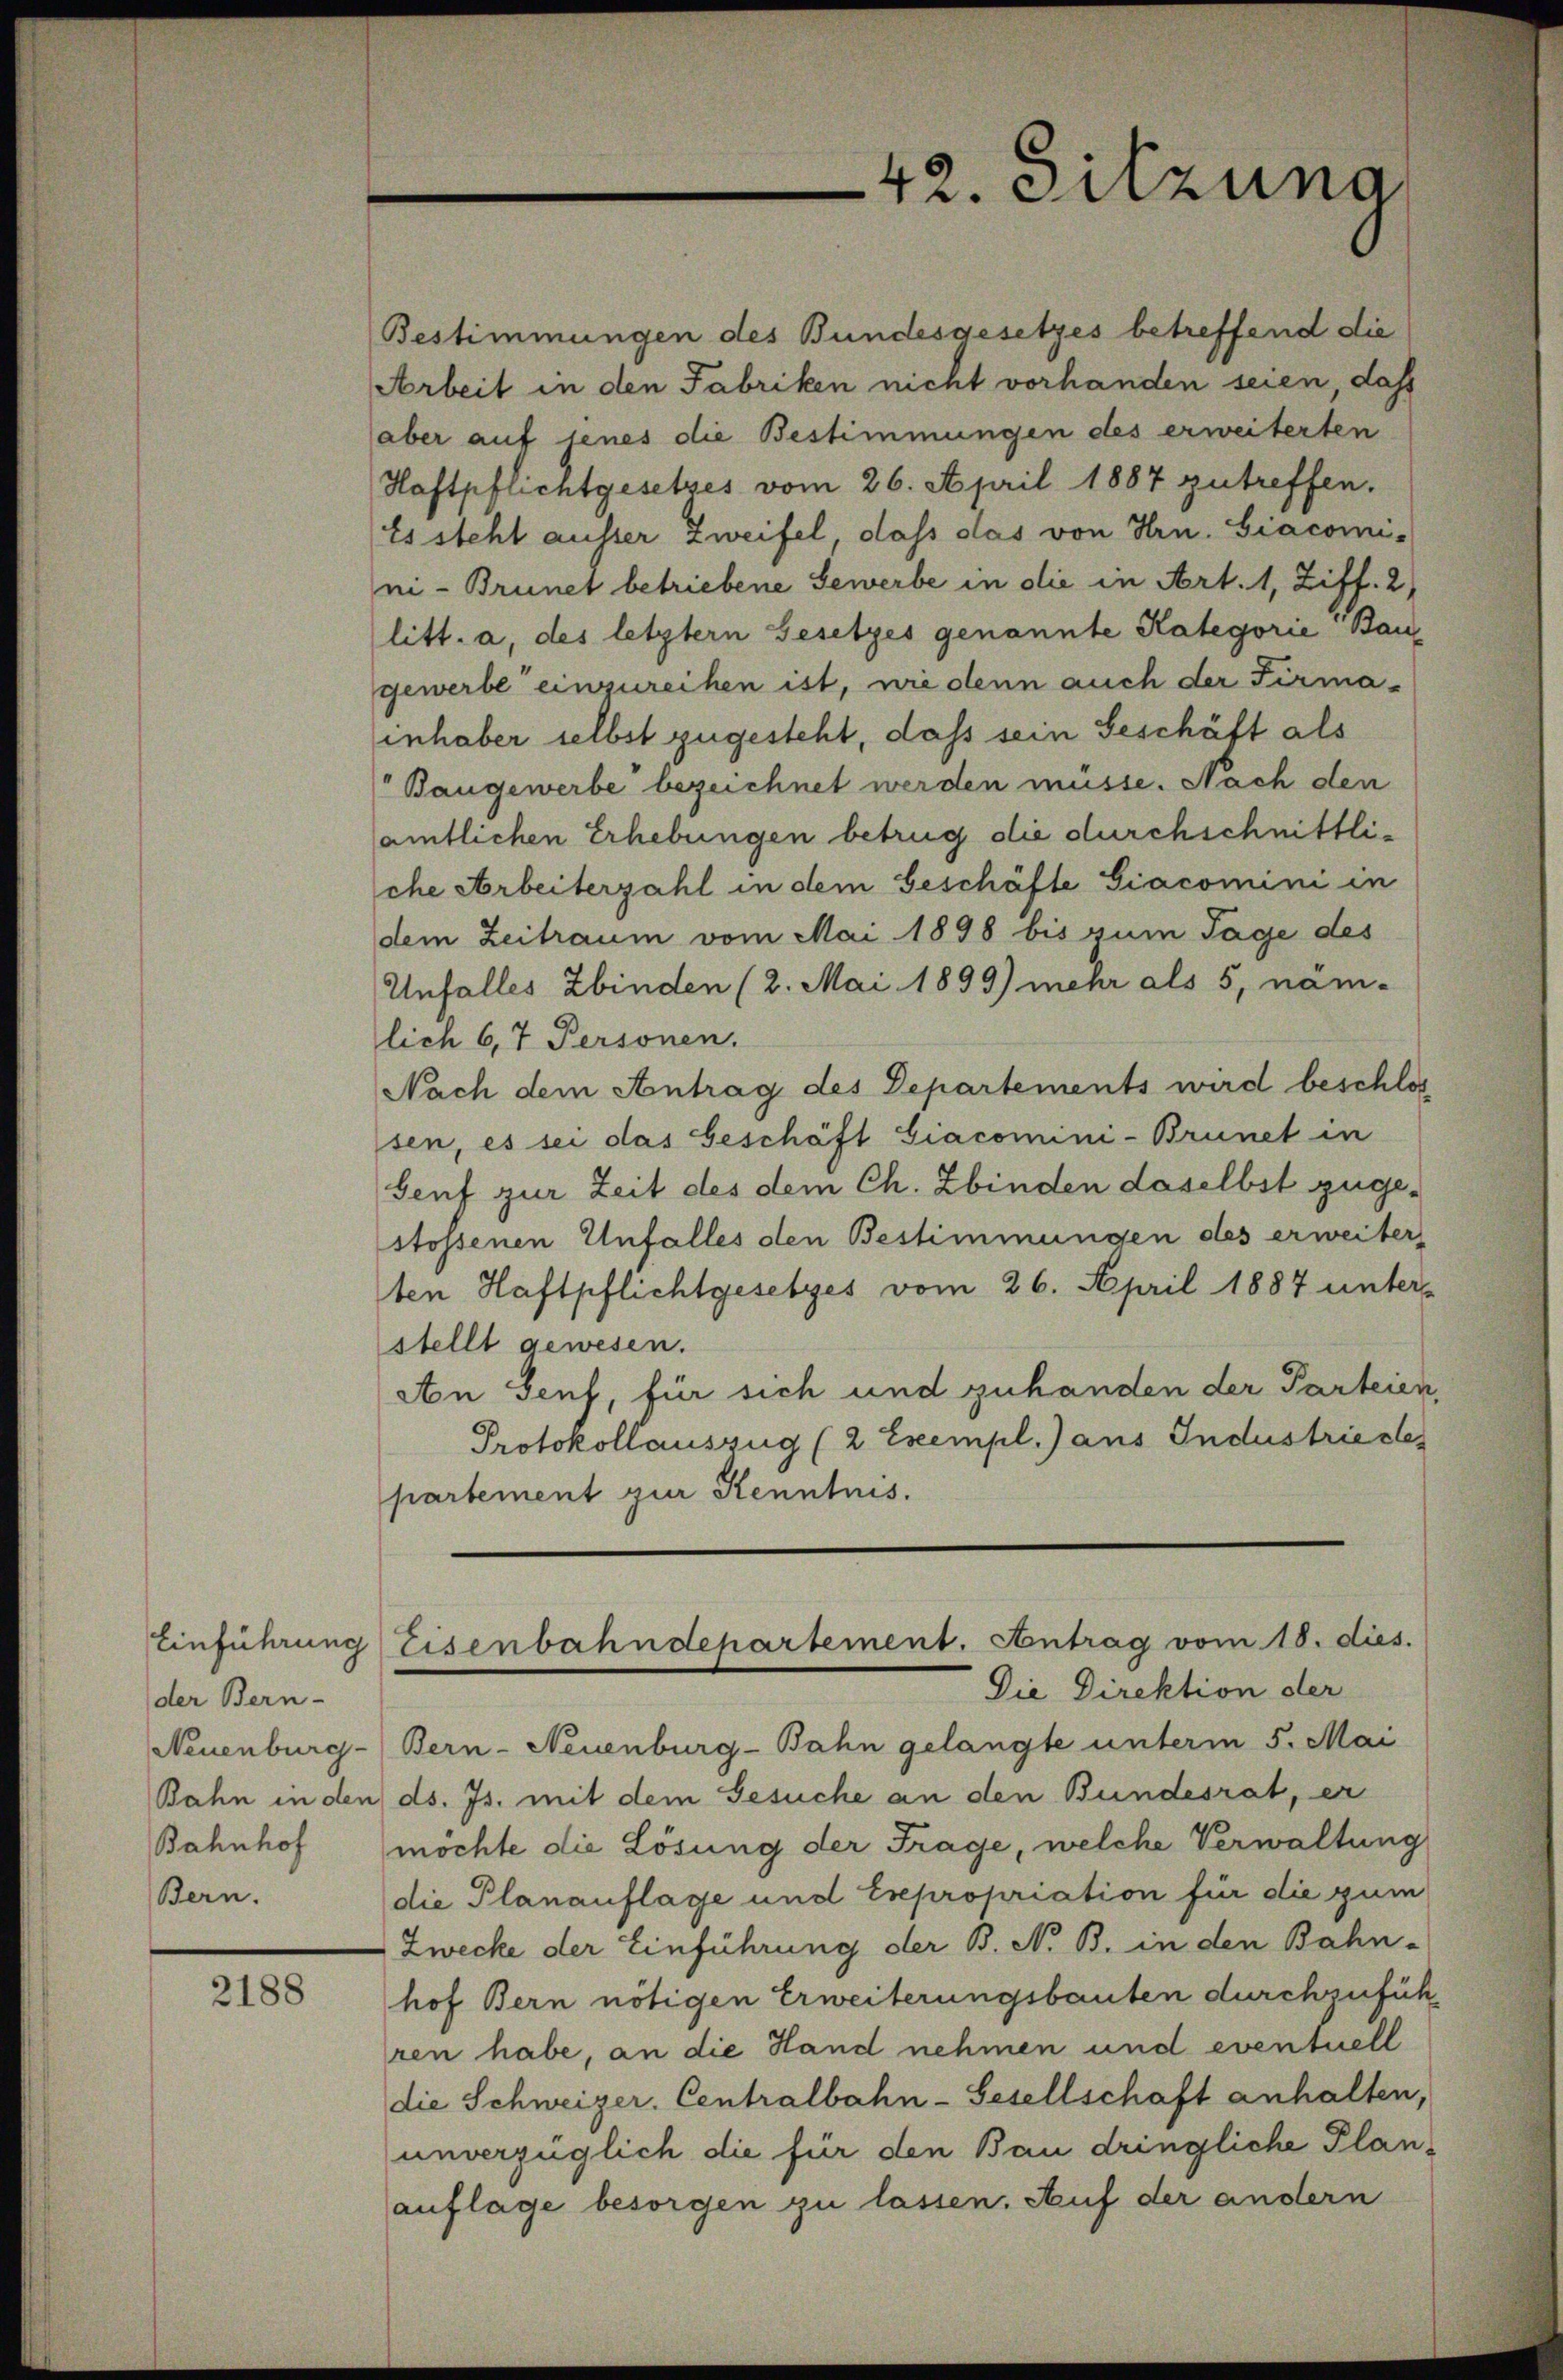
der Bern-
Bahnhof
Bern.

2188

Bestimmungen des Bundesgesetzes betreffend die
Arbeit in den Fabriken nicht vorhanden seien, daß
(aber auf jenes die Bestimmungen des erweiterten
Haftpflichtgesetzes vom 26. April 1887 zutreffen.
Es steht ausser Zweifel, dass das von Hrn. Giacomi-
ni - Brunet betriebene Gewerbe in die in Art. 1, Ziff. 2
litt. a, des letztern Gesetzes genannte Kategorie " Baugewerbe einzureihen ist, wie denn auch der Firma-
inhaber selbst zugesteht, dass sein Geschäft als
Bangewerbe bezeichnet werden müsse. Nach den
amtlichen Erhebungen betrug die durchschnittlische Arbeiterzahl in dem Geschäfte Giacomini in
dem Zeitraum vom Mai 1898 bis zum Tage des
Unfalles Zbinden (2. Mai 1899) mehr als 5, näm-
lich 6, 7 Personen.
Nach dem Antrag des Departements wird beschlos
sen, es sei das Geschäft Giacomini-Brunet in
Senf zur Zeit des dem Ch. Zbinden daselbst zugestossenen Unfalles den Bestimmungen des erweiter,
ten Haftpflichtgesetzes vom 26. April 1887 unter
stellt gewesen.
An Genf, für sich und zuhanden der Parteien,
Protokollauszug (2 Exempl. aus Industrieste
partement zur Kenntnis.
Einführung Eisenbahndepartement. Antrag vom 18. dies.
Die Direktion der
Neuenburg-Bern-Neuenburg-Bahn gelangte unterm 5. Mai
Bahn in den ds. Js. mit dem Gesuche an den Bundesrat, er
möchte die Lösung der Frage, welche Verwaltung
die Planauflage und Expropriation für die gum
Zwecke der Einführung der B. N. B. in den Bahn-
hof Bern nötigen Erweiterungsbauten durchzuführen habe, an die Hand nehmen und eventuell
die Schweizer. Centralbahn-Gesellschaft anhalten,
unverzüglich die für den Bau dringliche Planauflage besorgen zu lassen. Auf der andern

42. Sitzung